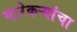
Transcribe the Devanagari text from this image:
मारेकऱ्यांचा